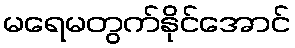
မရေမတွက်နိုင်အောင်